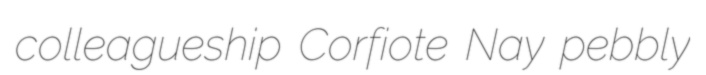
colleagueship Corfiote Nay pebbly